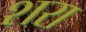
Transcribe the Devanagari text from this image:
शरा